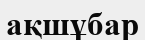
ақшұбар